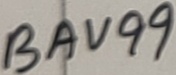
Text: BAV99